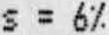
S = 6%